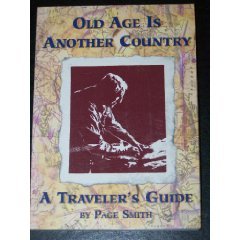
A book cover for Old Age Is Another Country: A Traveler's Guide; Page Smith; Travel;